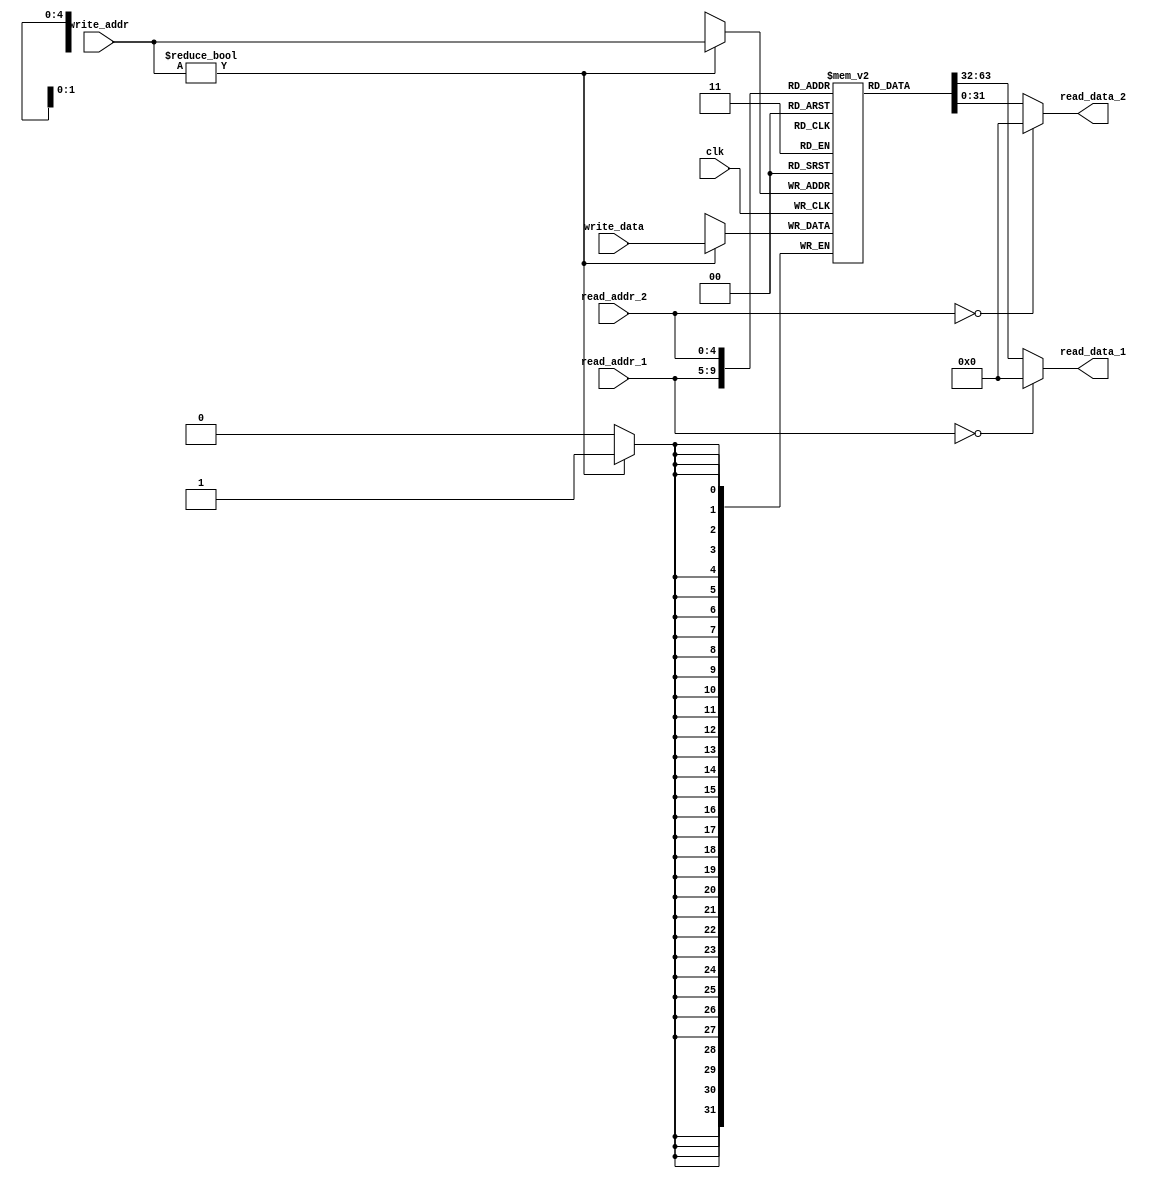
module regfile
(
	input clk,
	input [4:0] write_addr,
	input [31:0] write_data,
	input [4:0] read_addr_1,
	input [4:0] read_addr_2,
	output [31:0] read_data_1,
	output [31:0] read_data_2
);

reg [31:0] register_block [31:1];

// Write Port

always @(posedge clk) begin
	if (write_addr != 5'd0)
		register_block[write_addr] <= write_data;
end

// Read Port 1
assign read_data_1 = (read_addr_1 == 5'd0) ? 32'd0 : register_block[read_addr_1];

// Read Port 2
assign read_data_2 = (read_addr_2 == 5'd0) ? 32'd0 : register_block[read_addr_2];



endmodule